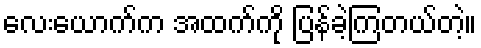
လေးယောက်က အထက်ကို ပြန်ခဲ့ကြတယ်တဲ့။